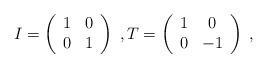
LaTeX: \begin{align*}I = \left( \begin{array}{cc} 1 & 0 \\ 0 & 1 \\ \end{array} \right)\;,T = \left( \begin{array}{cc} 1 & 0 \\ 0 & -1 \\ \end{array} \right)\;,\end{align*}